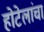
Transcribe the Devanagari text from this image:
होटेलांचा